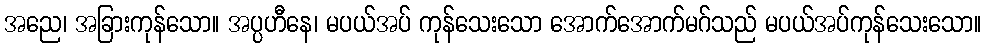
အညေ၊ အခြားကုန်သော။ အပ္ပဟီနေ၊ မပယ်အပ် ကုန်သေးသော အောက်အောက်မဂ်သည် မပယ်အပ်ကုန်သေးသော။